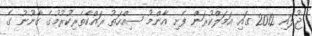
ޖުލައި 2012 ގައި އަމަލްކުރަން ފެށި އާންމު ސިއްހަތު ރައްކާތެރިކުރުމުގެ ގާނޫނު ގެ